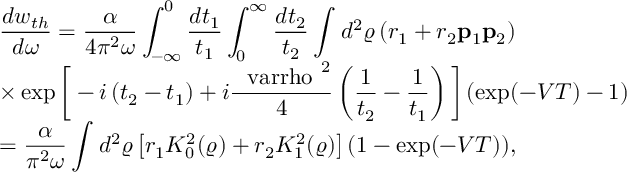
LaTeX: \begin{array} { l l } { { \displaystyle { \frac { d w _ { t h } } { d \omega } = \frac { \alpha } { 4 \pi ^ { 2 } \omega } \int _ { - \infty } ^ { 0 } \frac { d t _ { 1 } } { t _ { 1 } } \int _ { 0 } ^ { \infty } \frac { d t _ { 2 } } { t _ { 2 } } \int _ { } ^ { } d ^ { 2 } \varrho \left( r _ { 1 } + r _ { 2 } { \bf p } _ { 1 } { \bf p } _ { 2 } \right) } } } \\ { { \displaystyle { \times \exp \bigg [ - i \left( t _ { 2 } - t _ { 1 } \right) + i \frac { \mathrm { \boldmath ~ \ v a r r h o ~ } ^ { 2 } } { 4 } \left( \frac { 1 } { t _ { 2 } } - \frac { 1 } { t _ { 1 } } \right) \bigg ] \left( \exp ( - V T ) - 1 \right) } } } \\ { { \displaystyle { = \frac { \alpha } { \pi ^ { 2 } \omega } \int _ { } ^ { } d ^ { 2 } \varrho \left[ r _ { 1 } K _ { 0 } ^ { 2 } ( \varrho ) + r _ { 2 } K _ { 1 } ^ { 2 } ( \varrho ) \right] \left( 1 - \exp ( - V T ) \right) } , } } \end{array}